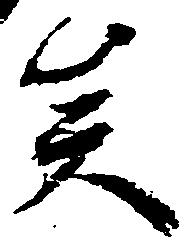
矣